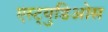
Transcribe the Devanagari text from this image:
एस्ट्युडिओस